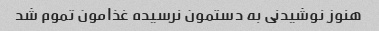
هنوز نوشیدنی به دستمون نرسیده غذامون تموم شد